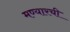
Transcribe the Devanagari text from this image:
मण्यारची